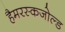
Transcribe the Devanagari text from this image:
हैमरस्कजोल्‍ड